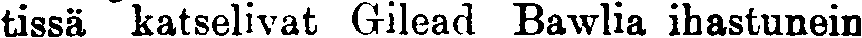
tissä katselivat Gilead Bawlia ihastunein